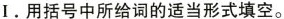
Ⅰ.用括号中所给词的适当形式填空。